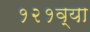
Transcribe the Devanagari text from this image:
१२१व्या